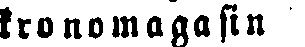
kronomagasin